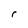
Character: r